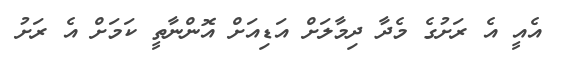
އެއީ އެ ރަށުގެ މެދާ ދިމާލަށް އަޑިއަށް އޮންނާތީ ކަމަށް އެ ރަށު